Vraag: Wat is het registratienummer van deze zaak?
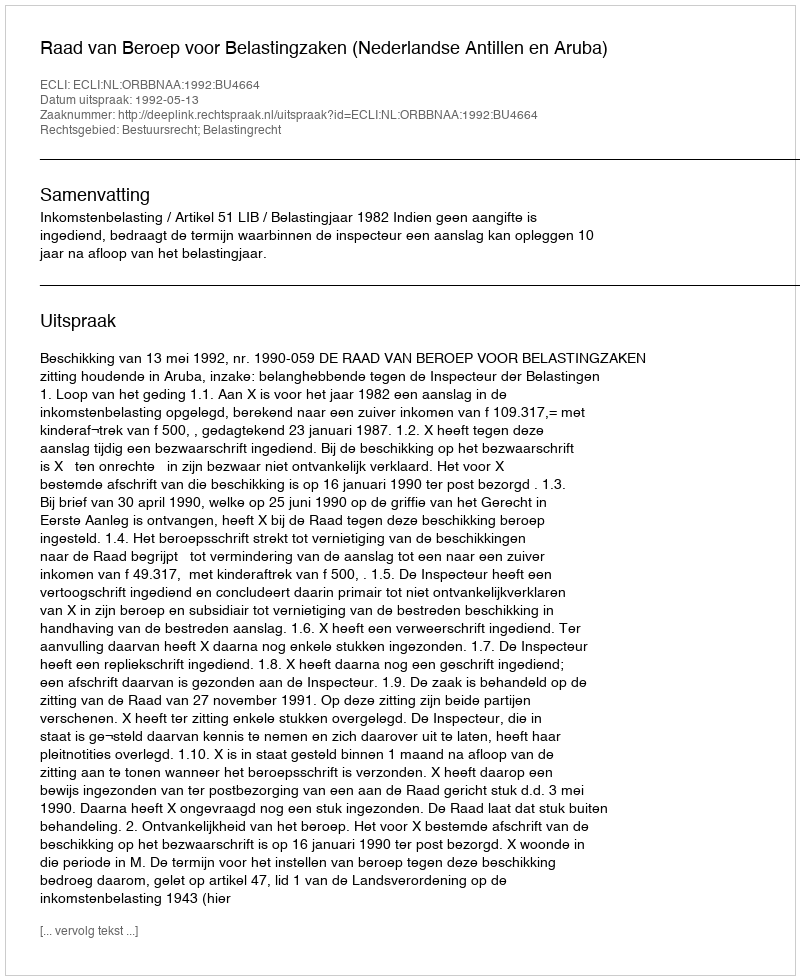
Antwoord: http://deeplink.rechtspraak.nl/uitspraak?id=ECLI:NL:ORBBNAA:1992:BU4664